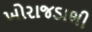
ખોરાજડાભી